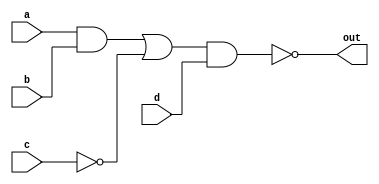
module data_flow_example(
    input a,
    input b,
    input c,
    input d,
    output out
    );
    
    assign out = ~(((a & b) | (~c)) & d);
endmodule